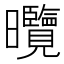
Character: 𭨕